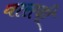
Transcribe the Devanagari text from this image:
वासबी